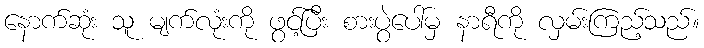
နောက်ဆုံး သူ မျက်လုံးကို ဖွင့်ပြီး စားပွဲပေါ်မှ နာရီကို လှမ်းကြည့်သည်။